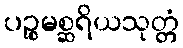
ပဉ္စမစ္ဆရိယသုတ္တံ